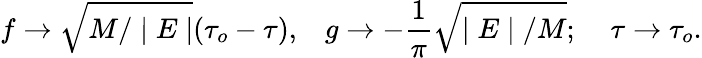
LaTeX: f\rightarrow\sqrt{M/\mid E\mid}(\tau_{o}-\tau),\; \; \; g\rightarrow-\frac{1}{\pi}\sqrt{\mid E\mid/M};\; \; \; \; \tau\rightarrow\tau_{o}.